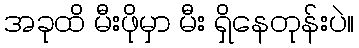
အခုထိ မီးဖိုမှာ မီး ရှိနေတုန်းပဲ။